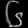
Digit: ၆